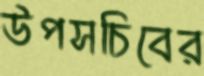
উপসচিবের